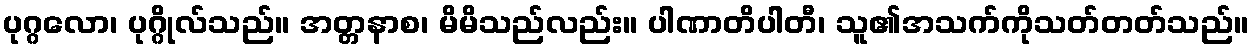
ပုဂ္ဂလော၊ ပုဂ္ဂိုလ်သည်။ အတ္တနာစ၊ မိမိသည်လည်း။ ပါဏာတိပါတီ၊ သူ၏အသက်ကိုသတ်တတ်သည်။